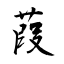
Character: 葭